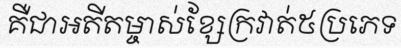
គឺជាអតីតម្ចាស់ខ្សែក្រវាត់៥ប្រភេទ